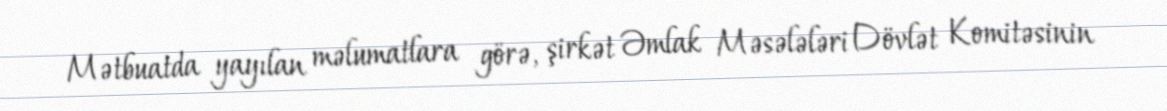
Mətbuatda yayılan məlumatlara görə, şirkət Əmlak Məsələləri Dövlət Komitəsinin